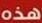
هذه